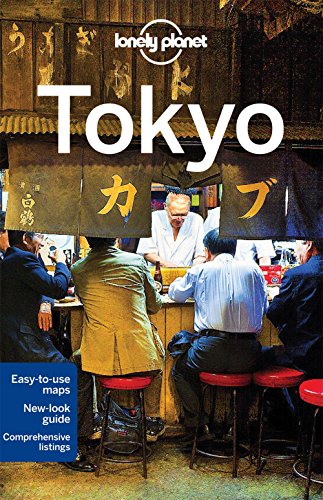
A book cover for Lonely Planet Tokyo (Travel Guide); Lonely Planet; Travel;